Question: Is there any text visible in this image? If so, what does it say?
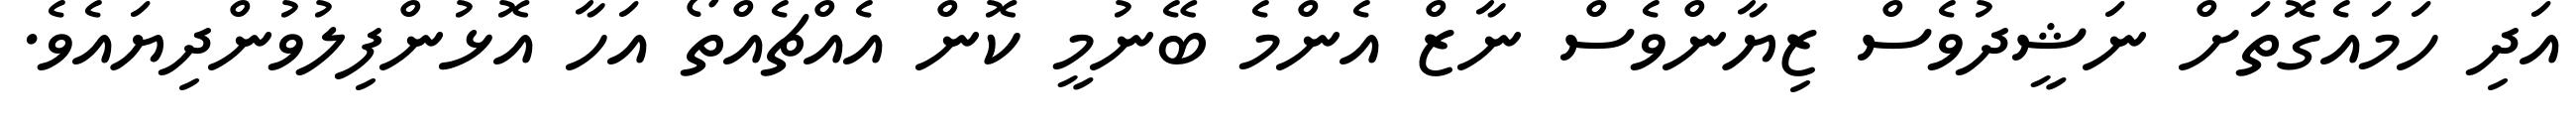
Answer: އަދި ހަމައެގޮތަށް ނަޝީދުވެސް ޒިޔާންވެސް ނާޒް އެންމެ ބޭނުމީ ކޮން އެއްޗެއްތޯ އަހާ އޮޅުންފިލުވުންދިޔައެވެ.